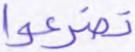
تضرعوا